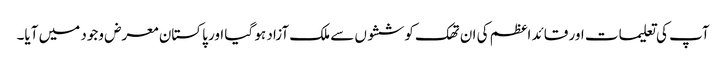
آپ کی تعلیمات اور قائد اعظم کی ان تھک کوششوں سے ملک آزاد ہو گیا اور پاکستان معرض وجود میں آیا۔